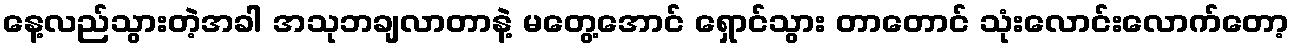
နေ့လည်သွားတဲ့အခါ အသုဘချလာတာနဲ့ မတွေ့အောင် ရှောင်သွား တာတောင် သုံးလောင်းလောက်တော့